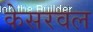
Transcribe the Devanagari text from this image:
केसरवल